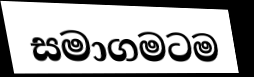
සමාගමටම